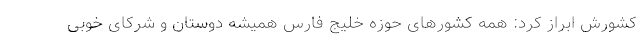
کشورش ابراز کرد: همه کشورهای حوزه خلیج فارس همیشه دوستان و شرکای خوبی